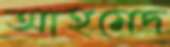
আহমেদ